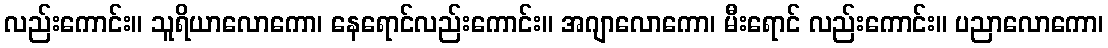
လည်းကောင်း။ သူရိယာလောကော၊ နေရောင်လည်းကောင်း။ အဂျာလောကော၊ မီးရောင် လည်းကောင်း။ ပညာလောကော၊